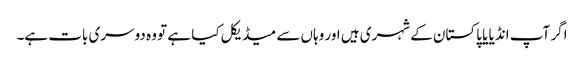
اگر آپ انڈیا یا پاکستان کے شہری ہیں اور وہاں سے میڈیکل کیا ہے تو وہ دوسری بات ہے۔